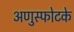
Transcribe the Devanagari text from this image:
अणुस्फोटके